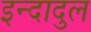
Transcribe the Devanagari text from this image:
इन्दादुल